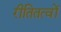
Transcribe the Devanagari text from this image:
रीतितत्वों